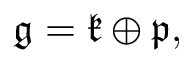
\displaystyle { { \mathfrak { g } } = { \mathfrak { k } } \oplus { \mathfrak { p } } , }